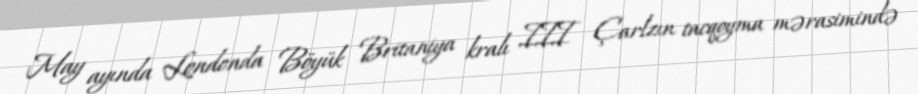
May ayında Londonda Böyük Britaniya kralı III Çarlzın tacqoyma mərasimində